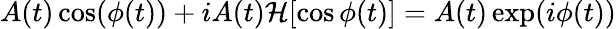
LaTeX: A(t)\cos(\phi(t))+iA(t)\mathcal{H}[\cos\phi(t)]=A(t)\exp(i\phi(t))